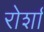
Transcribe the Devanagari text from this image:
रोर्शा